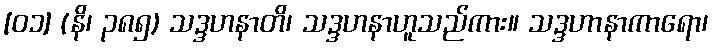
[၀၁] (နိ၊ ၃၈၅) သဒ္ဒဟနာတိ၊ သဒ္ဒဟနာဟူသည်ကား။ သဒ္ဒဟာနာကာရော၊